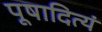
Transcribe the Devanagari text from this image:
पूषादित्यं